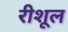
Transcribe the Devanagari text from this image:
रीशूल